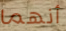
أنهما